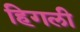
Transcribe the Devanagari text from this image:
हिगली